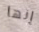
إنها